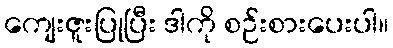
ကျေးဇူးပြုပြီး ဒါကို စဉ်းစားပေးပါ။